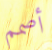
أصمم